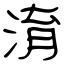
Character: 淯